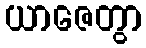
ယာဇေတွာ